Report on the cholera epidemic of
Year: 1868
Disease focus: Cholera
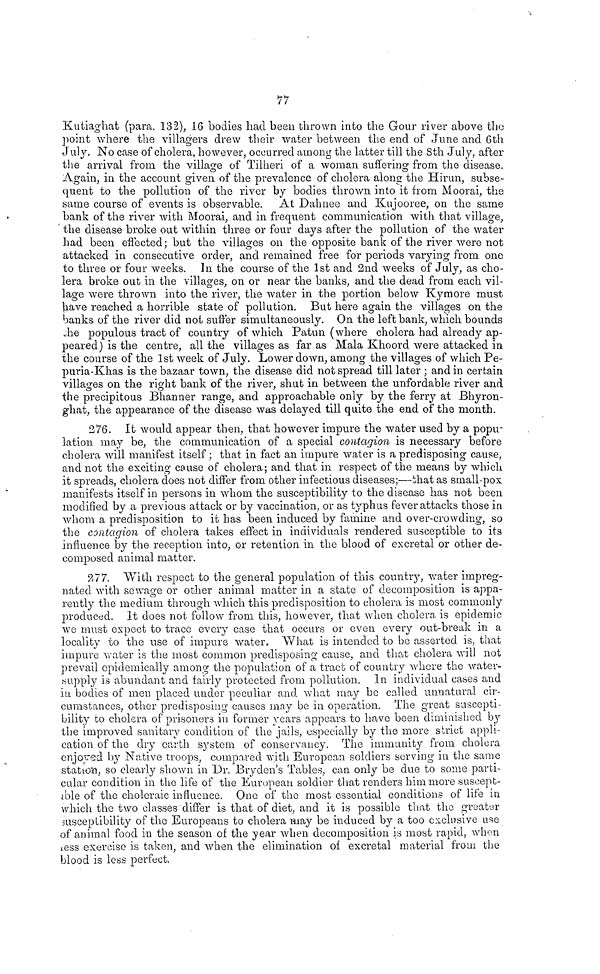
77
Kutiaghat (para. 132), 16 bodies had been thrown into the Gour river above the
point where the villagers drew their water between the end of June and 6th
July. No case of cholera, however, occurred among the latter till the 8th July, after
the arrival from the village of Tilheri of a woman suffering from the disease.
Again, in the account given of the prevalence of cholera along the Hirun, subse-
quent to the pollution of the river by bodies thrown into it from Moorai, the
same course of events is observable. At Dahnee and Kujooree, on the same
bank of the river with Moorai, and in frequent communication with that village,
the disease broke out within three or four days after the pollution of the water
had been effected; but the villages on the opposite bank of the river were not
attacked in consecutive order, and remained free for periods varying from one
to three or four weeks. In the course of the 1st and 2nd weeks of July, as cho-
lera broke out in the villages, on or near the banks, and the dead from each vil-
lage were thrown into the river, the water in the portion below Kymore must
have reached a horrible state of pollution. But here again the villages on the
banks of the river did not suffer simultaneously. On the left bank, which bounds
the populous tract of country of which Patun (where cholera had already ap-
peared) is the centre, all the villages as far as Mala Khoord were attacked in
the course of the 1st week of July. Lower down, among the villages of which Pe-
puria-Khas is the bazaar town, the disease did not spread till later ; and in certain
villages on the right bank of the river, shut in between the unfordable river and
the precipitous Bhanner range, and approachable only by the gerry at Bhyron-
ghat, the appearance of the disease was delayed till quite the end of the month.
276. It would appear then, that however impure the water used by a popu-
lation may be, the communication of a special contagion is necessary before
cholera will manifest itself ; that in fact an impure water is a predisposing cause,
and not the exciting cause of cholera; and that in respect of the means by which
it spreads, cholera does not differ from other infectious diseases;—that as small-pox
manifests itself in persons in whom, the susceptibility to the disease has not been
modified by a previous attack or by vaccination, or as typhus fever attacks those in
whom a predisposition to it has been induced by famine and over-crowding, so
the contagion of cholera takes effect in individuals rendered susceptible to its
influence by the reception into, or retention in the blood of excretal or other de-
composed animal matter.
277. With respect to the general population of this country, water impreg-
nated with sewage or other animal matter in a state of decomposition is appa-
rently the medium through which this predisposition to cholera is most commonly
produced. It does not follow from, this, however, that when cholera is epidemic
we must expect to trace every case that occurs or even every out-break in a
locality to the use of impure water. What is intended to be asserted is, that
impure water is the most common predisposing cause, and that cholera will not
prevail epidemically among the population of a tract of country where the water-
supply is abundant and fairly protected from pollution. In individual cases and
in bodies of men placed under peculiar and what may be called unnatural cir-
cumstances, other predisposing causes may be in operation. The great suscepti-
bility to cholera of prisoners in former years appears to have been diminished by
the improved sanitary condition of the jails, especially by the more strict appli-
cation of the dry earth system of conservancy. The immunity from cholera
enjoyed
Native troops, compared with European soldiers serving in the same
station, so clearly shown in Dr. Bryden's Tables, can only be due to some parti-
cular condition in the life of the European soldier that renders him more suscept-
ible of the choleraic influence. One of the most essential conditions of life in
which the two classes differ is that of diet, and it is possible that the greater
susceptibility of the Europeans to cholera may be induced by a too exclusive use
of animal food in the season of the year when decomposition is most rapid, when
ress exercise is taken, and when the elimination of excretal material from the
blood is less perfect.